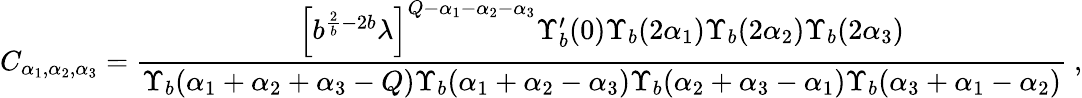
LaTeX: C_{\alpha_{1},\alpha_{2},\alpha_{3}}={\frac{\left[b^{{\frac{2}{b}}-2b}\lambda\right]^{Q-\alpha_{1}-\alpha_{2}-\alpha_{3}}\Upsilon_{b}^{\prime}(0)\Upsilon_{b}(2\alpha_{1})\Upsilon_{b}(2\alpha_{2})\Upsilon_{b}(2\alpha_{3})}{\Upsilon_{b}(\alpha_{1}+\alpha_{2}+\alpha_{3}-Q)\Upsilon_{b}(\alpha_{1}+\alpha_{2}-\alpha_{3})\Upsilon_{b}(\alpha_{2}+\alpha_{3}-\alpha_{1})\Upsilon_{b}(\alpha_{3}+\alpha_{1}-\alpha_{2})}}\ ,